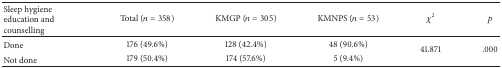
| Sleep hygiene education and counselling | Total (n = 358) | KMGP (n = 305) | KMNPS (n = 53) | χ2 | p |
 | --- | --- | --- | --- | --- | --- |
 | Done | 176 (49.6%) | 128 (42.4%) | 48 (90.6%) | <ROWSPAN=2> 41.871 | <ROWSPAN=2> .000 |
 | Not done | 179 (50.4%) | 174 (57.6%) | 5 (9.4%) |